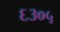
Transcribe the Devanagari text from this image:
६३०५